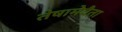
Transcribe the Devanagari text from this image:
तेषामेवैता